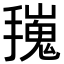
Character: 𢶟